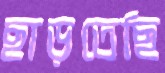
ছাড়তেছি